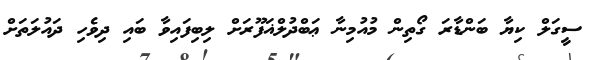
ސީގަލް ކިޔާ ބަންޑާރަ ގޯތިން މުއުމިނާ ޢަބްދުލްޣަފޫރަށް ލިބިފައިވާ ބައި ދިވެހި ދައުލަތަށް